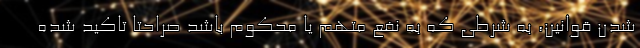
شدن قوانین، به شرطی که به نفع متهم یا محکوم باشد صراحتا تاکید شده